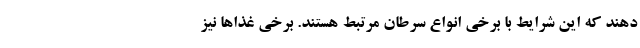
دهند که این شرایط با برخی انواع سرطان مرتبط هستند. برخی غذاها نیز